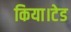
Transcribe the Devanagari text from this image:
किया।टेड